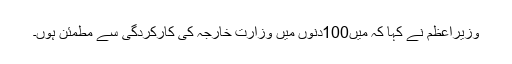
وزیراعظم نے کہا کہ میں100دنوں میں وزارت خارجہ کی کارکردگی سے مطمئن ہوں۔